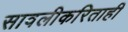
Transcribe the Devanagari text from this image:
सावलीकरिताही